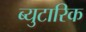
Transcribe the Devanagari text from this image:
ब्युटारिक